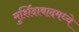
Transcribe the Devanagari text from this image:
मुर्शिदाबादमध्ये